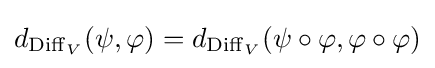
d_{\operatorname {Diff} _{V}}(\psi ,\varphi )=d_{\operatorname {Diff} _{V}}(\psi \circ \varphi ,\varphi \circ \varphi )